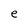
Character: e